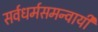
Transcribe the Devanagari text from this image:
सर्वधर्मसमन्‍वायी